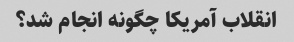
انقلاب آمریکا چگونه انجام شد؟